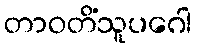
တာဝတိံသူပဂေါ